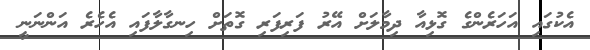
އެކުގައި އަހަރެންގެ ގޮޅިއާ ދިމާލަށް އޭރު ފަރިފަރި ގޮތަށް ހިނގާލާފައި އެހެރެ އަންނަނީ